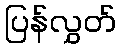
ပြန်လွှတ်